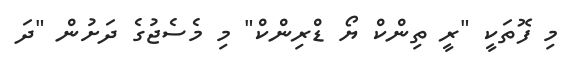
މި ފޮތަކީ "ރީ ތިންކް ޔޯ ޑްރިންކް" މި މެސެޖުގެ ދަށުން "ދަ